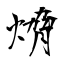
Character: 熁